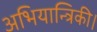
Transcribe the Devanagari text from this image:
अभियान्त्रिकी।